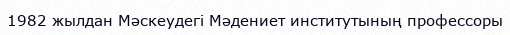
1982 жылдан Мәскеудегі Мәдениет институтының профессоры